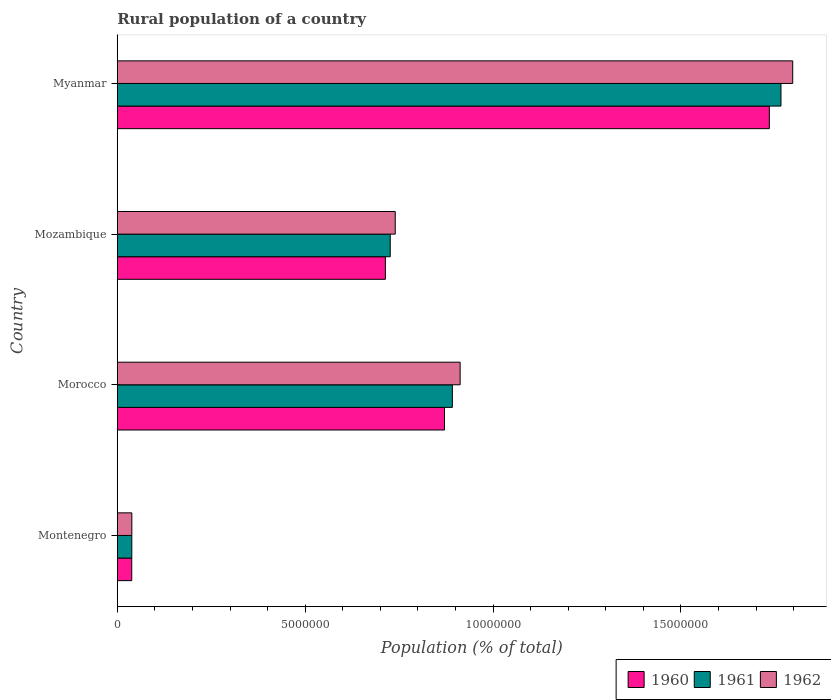
| Country | 1960 | 1961 | 1962 |
 | --- | --- | --- | --- |
 | Montenegro | 3.85e+05 | 3.87e+05 | 3.88e+05 |
 | Morocco | 8.71e+06 | 8.92e+06 | 9.13e+06 |
 | Mozambique | 7.14e+06 | 7.27e+06 | 7.4e+06 |
 | Myanmar | 1.74e+07 | 1.77e+07 | 1.8e+07 |